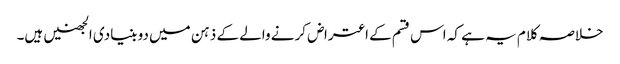
خلاصہ کلام یہ ہے کہ اس قسم کے اعتراض کرنے والے کے ذہن میں دو بنیادی الجھنیں ہیں۔